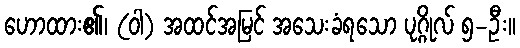
ဟောထား၏၊ (ဝါ) အထင်အမြင် အသေးခံရသော ပုဂ္ဂိုလ် ၅-ဦး။